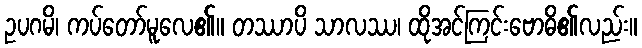
ဥပဂမိ၊ ကပ်တော်မူလေ၏။ တဿာပိ သာလဿ၊ ထိုအင်ကြင်းဗောဓိ၏လည်း။